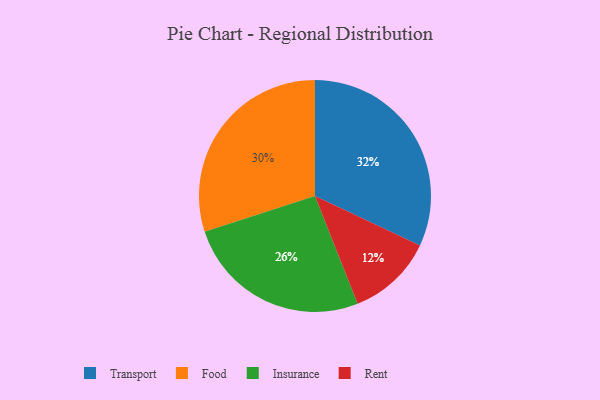
{"axis": {"x": "Category", "y": "Percentage"}, "legend": ["Food", "Insurance", "Rent", "Transport"], "data": [{"x": "Rent", "y": 12, "type": "Rent"}, {"x": "Insurance", "y": 26, "type": "Insurance"}, {"x": "Food", "y": 30, "type": "Food"}, {"x": "Transport", "y": 32, "type": "Transport"}]}